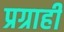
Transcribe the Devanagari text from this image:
प्रग्राही